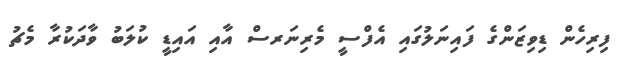
ފިރިހެން ޑިވިޒަންގެ ފައިނަލުގައި އެފްސީ މެރިނަރސް އާއި އައިޑީ ކުލަބު ވާދަކުރާ މެޗު